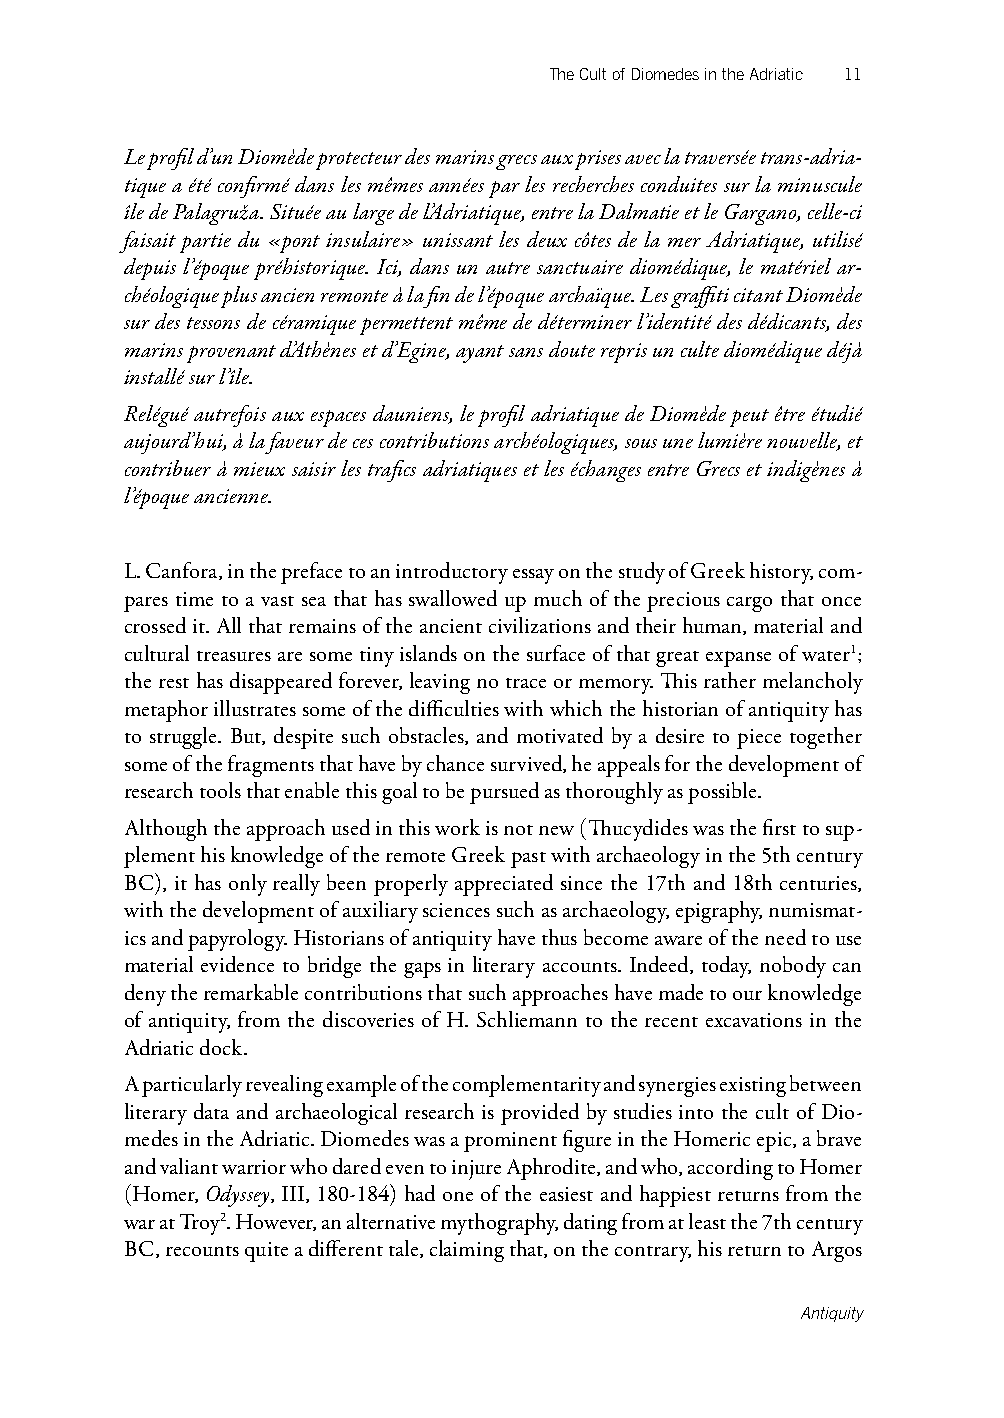
The Cult of Diomedes in the Adriatic 11
 Le profil d’un Diomède protecteur des marins grecs aux prises avec la traversée trans-adria-
 tique a été confirmé dans les mêmes années par les recherches conduites sur la minuscule
 île de Palagruža. Située au large de l’Adriatique, entre la Dalmatie et le Gargano, celle-ci
 faisait partie du «pont insulaire» unissant les deux côtes de la mer Adriatique, utilisé
 depuis l’époque préhistorique. Ici, dans un autre sanctuaire diomédique, le matériel ar-
 chéologique plus ancien remonte à la fin de l’époque archaïque. Les graffiti citant Diomède
 sur des tessons de céramique permettent même de déterminer l’identité des dédicants, des
 marins provenant d’Athènes et d’Egine, ayant sans doute repris un culte diomédique déjà
 installé sur l’île.
 Relégué autrefois aux espaces dauniens, le profil adriatique de Diomède peut être étudié
 aujourd’hui, à la faveur de ces contributions archéologiques, sous une lumière nouvelle, et
 contribuer à mieux saisir les trafics adriatiques et les échanges entre Grecs et indigènes à
 l’époque ancienne.
 L. Canfora, in the preface to an introductory essay on the study of Greek history, com-
 pares time to a vast sea that has swallowed up much of the precious cargo that once
 crossed it. All that remains of the ancient civilizations and their human, material and
 cultural treasures are some tiny islands on the surface of that great expanse of water1;
 the rest has disappeared forever, leaving no trace or memory. This rather melancholy
 metaphor illustrates some of the difficulties with which the historian of antiquity has
 to struggle. But, despite such obstacles, and motivated by a desire to piece together
 some of the fragments that have by chance survived, he appeals for the development of
 research tools that enable this goal to be pursued as thoroughly as possible.
 Although the approach used in this work is not new (Thucydides was the first to sup-
 plement his knowledge of the remote Greek past with archaeology in the 5th century
 BC), it has only really been properly appreciated since the 17th and 18th centuries,
 with the development of auxiliary sciences such as archaeology, epigraphy, numismat-
 ics and papyrology. Historians of antiquity have thus become aware of the need to use
 material evidence to bridge the gaps in literary accounts. Indeed, today, nobody can
 deny the remarkable contributions that such approaches have made to our knowledge
 of antiquity, from the discoveries of H. Schliemann to the recent excavations in the
 Adriatic dock.
 A particularly revealing example of the complementarity and synergies existing between
 literary data and archaeological research is provided by studies into the cult of Dio-
 medes in the Adriatic. Diomedes was a prominent figure in the Homeric epic, a brave
 and valiant warrior who dared even to injure Aphrodite, and who, according to Homer
 (Homer, Odyssey, III, 180-184) had one of the easiest and happiest returns from the
 war at Troy2. However, an alternative mythography, dating from at least the 7th century
 BC, recounts quite a different tale, claiming that, on the contrary, his return to Argos
 Antiquity